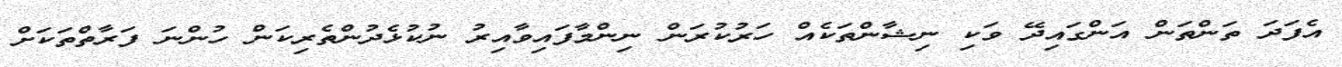
އެފަދަ ތަންތަން އަންގައިދޭ ވަކި ނިޝާންތަކެއް ހަރުކުރަން ނިންމާފައިވާއިރު ނުކުޅެދުންތެރިކަން ހުންނަ ފަރާތްތަކަށް